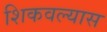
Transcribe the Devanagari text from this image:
शिकवल्यास